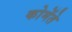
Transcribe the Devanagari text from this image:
कोमेंते